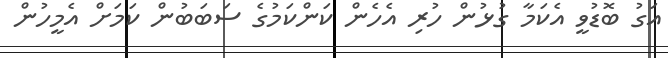
އަގު ބޮޑުވީ އެކަމާ ގުޅުން ހުރި އެހެން ކަންކަމުގެ ސަބަބުން ކަމަށް އެމީހުން